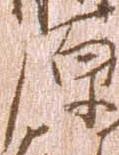
原